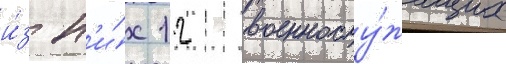
и́з н'и́х 12 военнослу́жащих